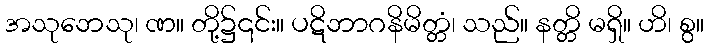
အသုဘေသု၊ ဏ။ တို့၌၎င်း။ ပဋိဘာဂနိမိတ္တံ၊ သည်။ နတ္တိ မရှိ။ ဟိ၊ စွ။